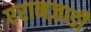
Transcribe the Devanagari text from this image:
एरानज़ाडी